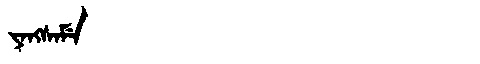
Manchu: ᠶᠠᠩᠰᠠᠮᡝ
Romanization: YANGSAME